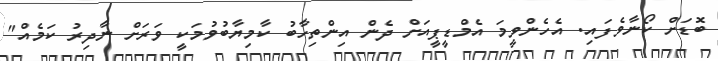
ބޮޑަށް ކޯނާވެފައި. އެހެންވީމަ އެމްޑީޕީއަށް ދެން އިންތިހާބު ކާމިޔާބުވުމަކީ ވަރަށް ނާދިރު ކަމެއް"